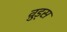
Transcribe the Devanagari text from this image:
व़ुड्स